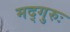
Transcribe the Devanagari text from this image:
मद्गुरुः